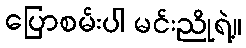
ပြောစမ်းပါ မင်းညိုရဲ့။